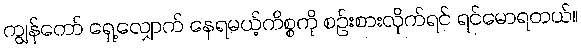
ကျွန်တော် ရှေ့လျှောက် နေရမယ့်ကိစ္စကို စဉ်းစားလိုက်ရင် ရင်မောရတယ်။